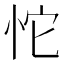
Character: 𰑏